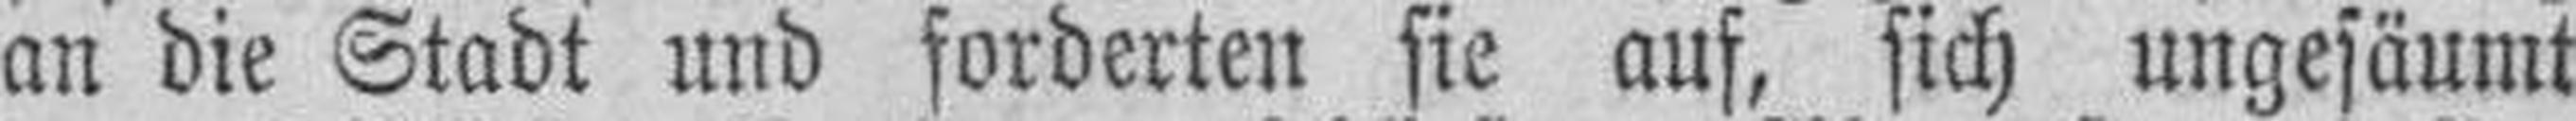
an die Stadt und forderten sie auf, sich ungesäumt